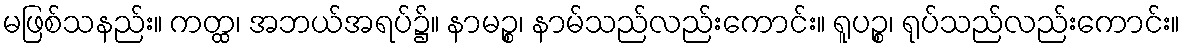
မဖြစ်သနည်း။ ကတ္ထ၊ အဘယ်အရပ်၌။ နာမဉ္စ၊ နာမ်သည်လည်းကောင်း။ ရူပဉ္စ၊ ရုပ်သည်လည်းကောင်း။